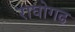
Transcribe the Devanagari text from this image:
राघोगढ